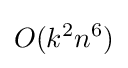
O(k^{2}n^{6})